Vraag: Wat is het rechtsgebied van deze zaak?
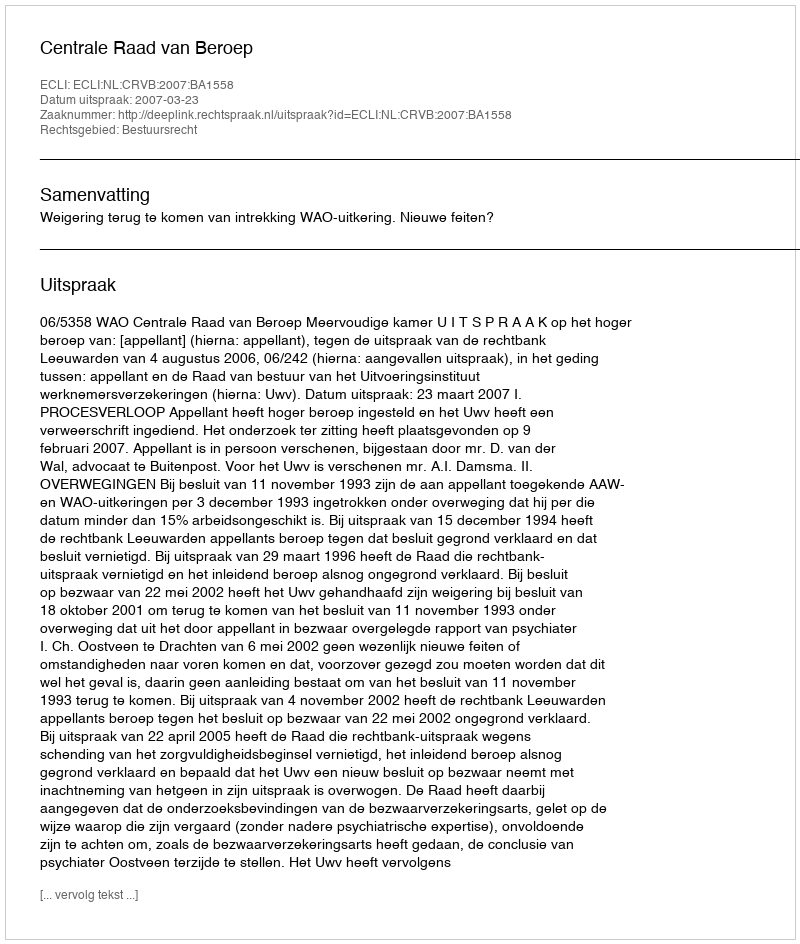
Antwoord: Bestuursrecht